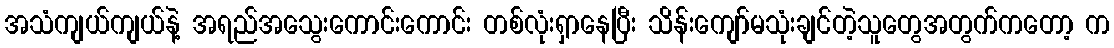
အသံကျယ်ကျယ်နဲ့ အရည်အသွေးကောင်းကောင်း တစ်လုံးရှာနေပြီး သိန်းကျော်မသုံးချင်တဲ့သူတွေအတွက်ကတော့ က